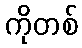
ကိုတစ်